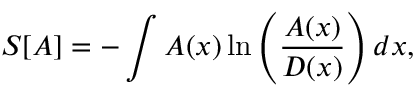
S [ A ] = - \int A ( x ) \ln \left( \frac { A ( x ) } { D ( x ) } \right) d x ,